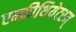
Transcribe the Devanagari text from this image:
एम्फ़ीथियेटरम्